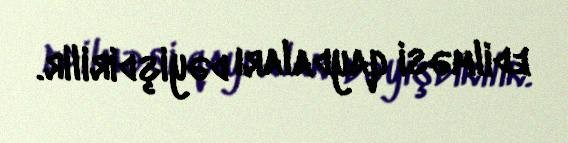
edilməsi qaydaları dəyişdirilir.